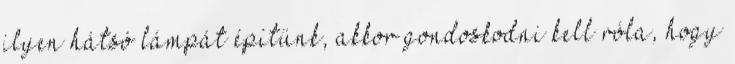
ilyen hátsó lámpát építünk, akkor gondoskodni kell róla, hogy